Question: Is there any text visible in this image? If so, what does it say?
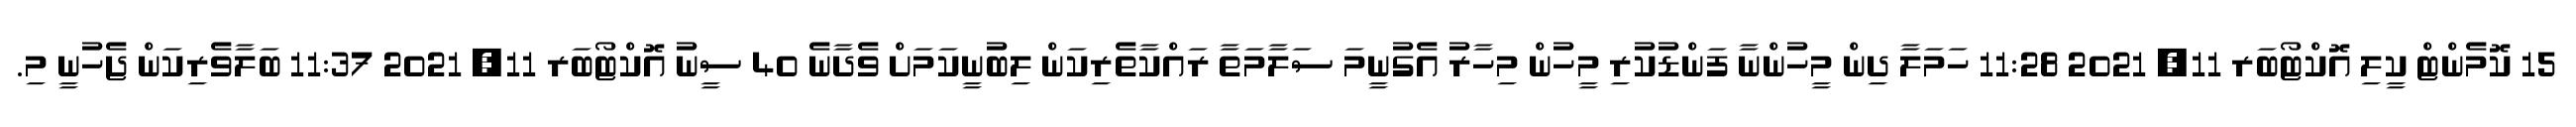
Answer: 15 ކޮމެންޓް ކީލި އޮކްޓޯބަރ 11, 2021 11:28 ހަމަލާ ދިން މީހުންނާ ފަންޑުކުރި މީހުން މިހާރު އެގުނީމަ ސަލާމަތާ ރައްކާތެރިކަން ލިބުނީކަމަށް ވެދާނެ 40 ސީނު އޮކްޓޯބަރ 11, 2021 11:37 ބަލާވެރިކަން ޖެހުނީ މި.